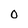
Character: O